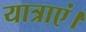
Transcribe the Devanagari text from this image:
यात्राएं।